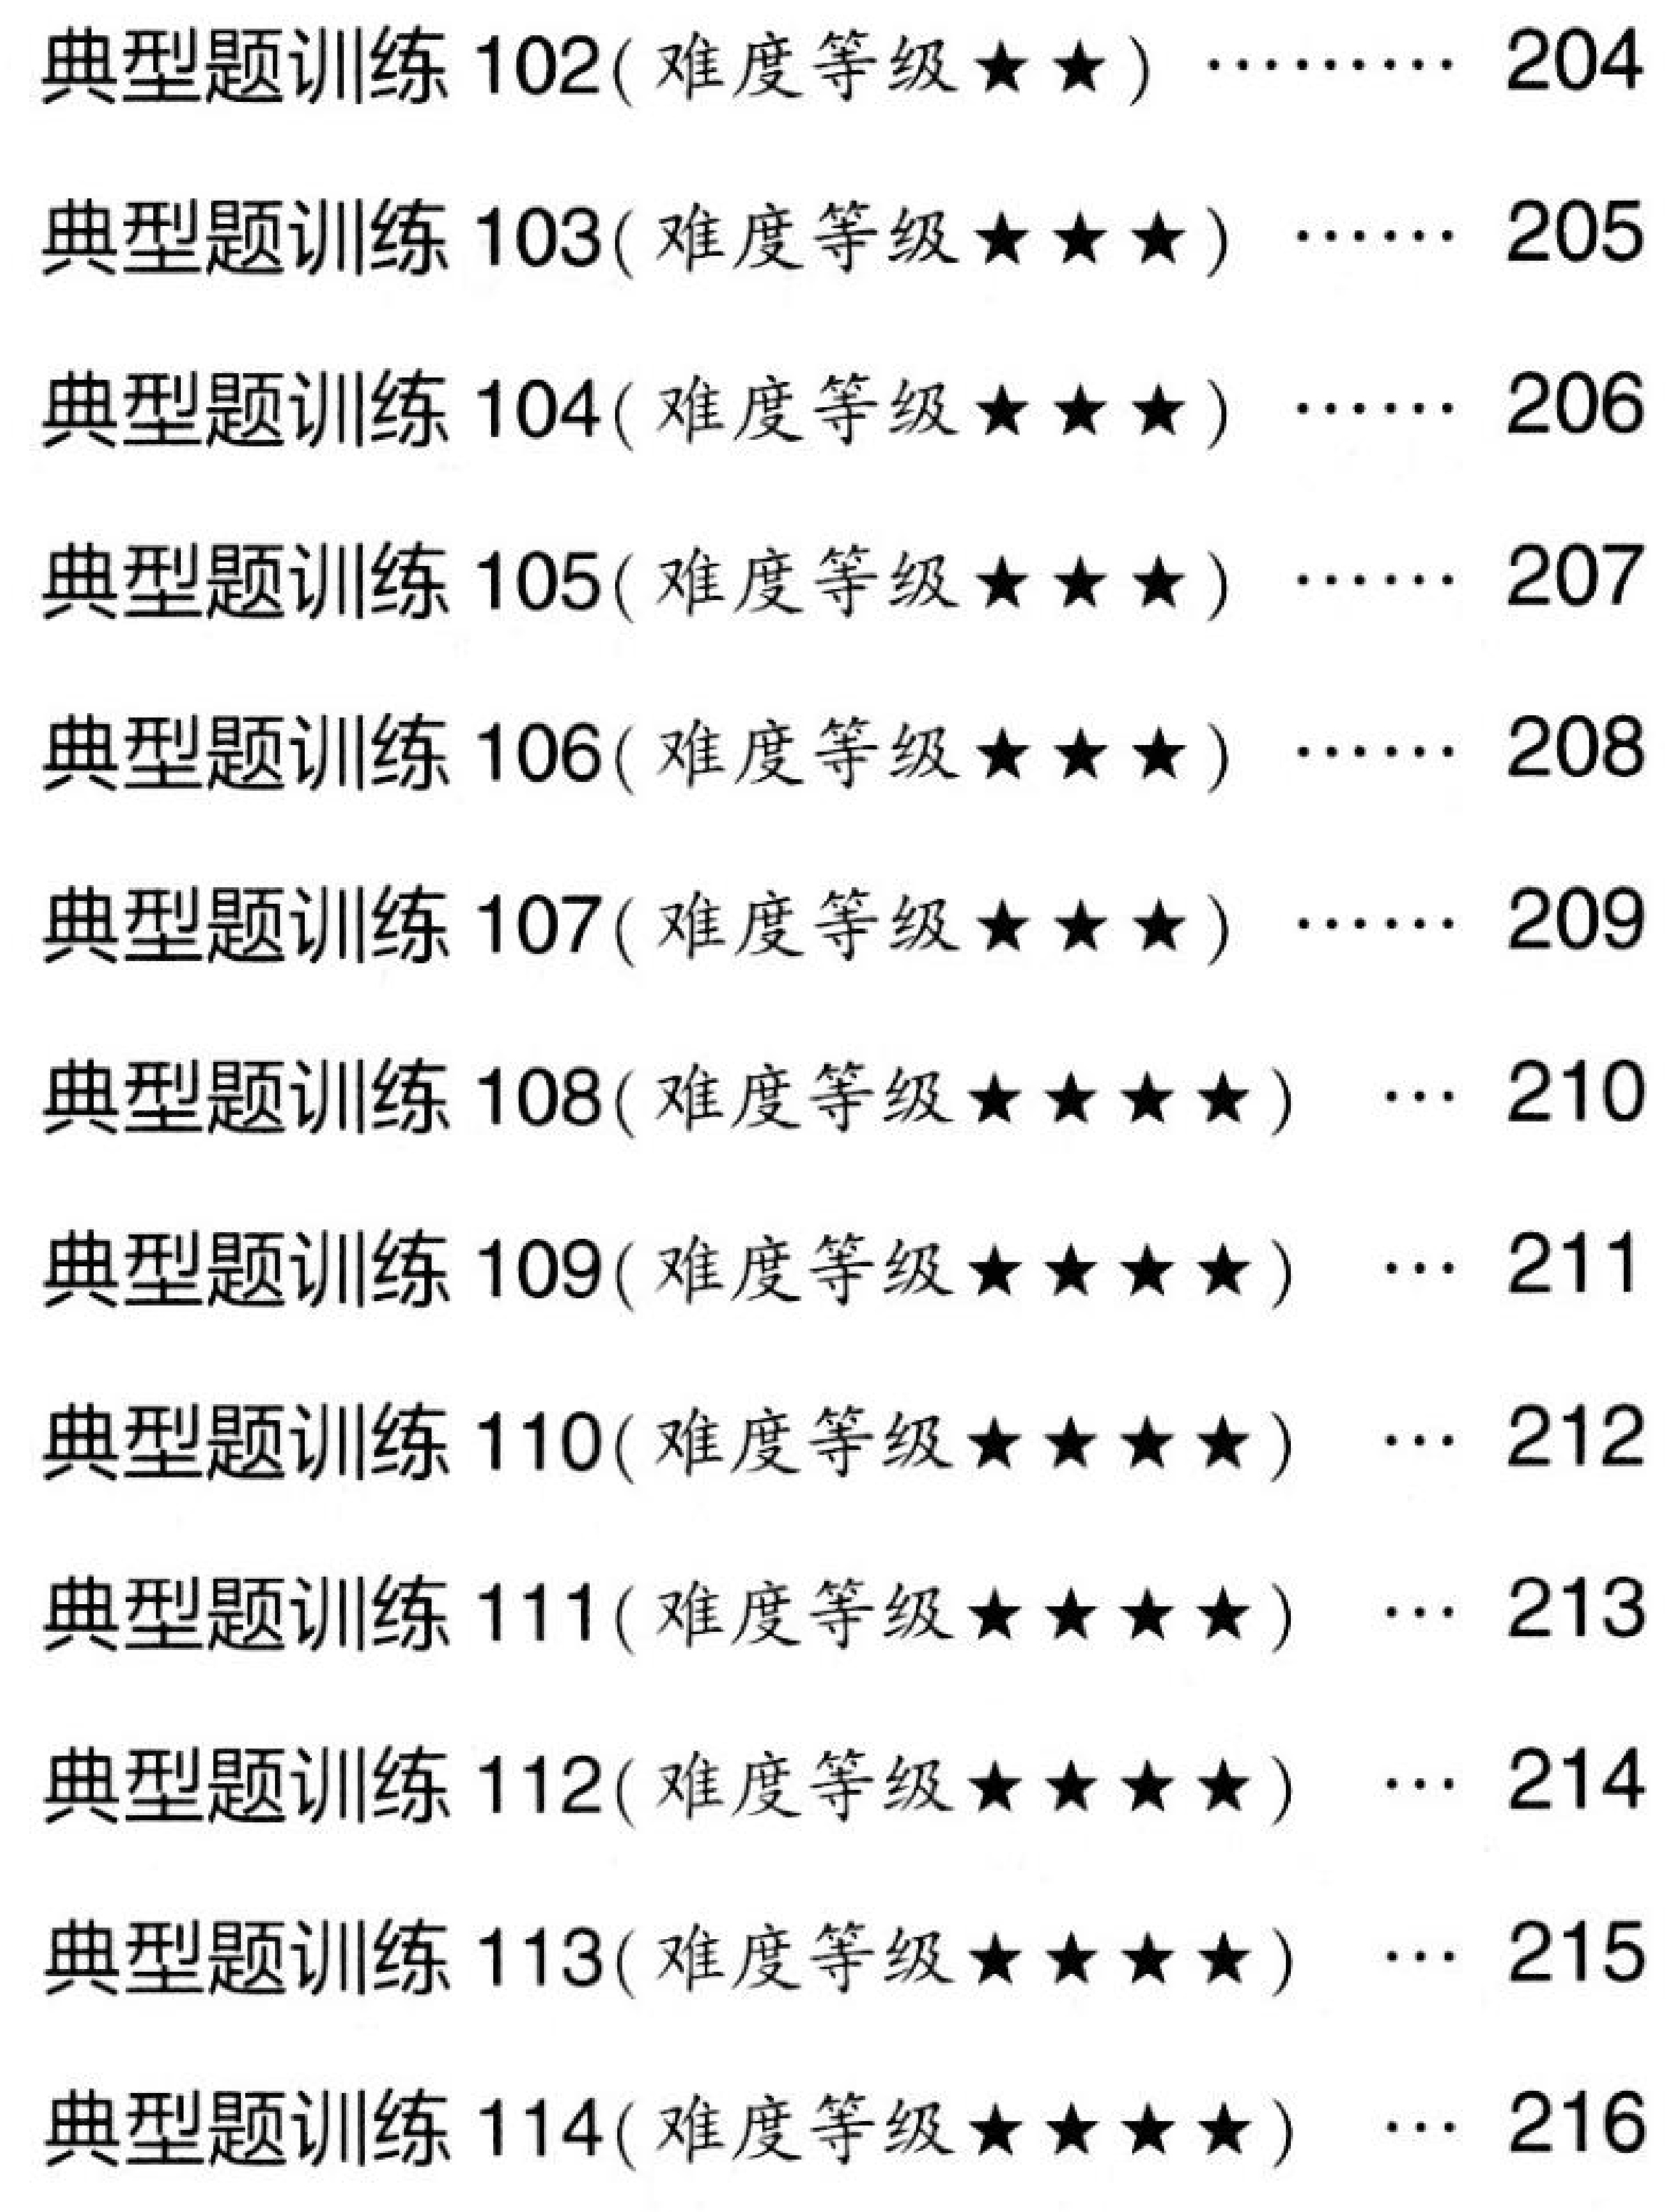
典型题训练 102(难度等级$\star\star$)…… 204\\
典型题训练 103(难度等级$\star\star\star$)…… 205\\
典型题训练 104(难度等级$\star\star\star$)…… 206\\
典型题训练 105(难度等级$\star\star\star$)…… 207\\
典型题训练 106(难度等级$\star\star\star$)…… 208\\
典型题训练 107(难度等级$\star\star\star$)…… 209\\
典型题训练 108(难度等级$\star\star\star\star$)… 210\\
典型题训练 109(难度等级$\star\star\star\star$)… 211\\
典型题训练 110(难度等级$\star\star\star\star$)… 212\\
典型题训练 111(难度等级$\star\star\star\star$)… 213\\
典型题训练 112(难度等级$\star\star\star\star$)… 214\\
典型题训练 113(难度等级$\star\star\star\star$)… 215\\
典型题训练 114(难度等级$\star\star\star\star$)… 216\\